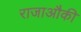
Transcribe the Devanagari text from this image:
राजाऔकी